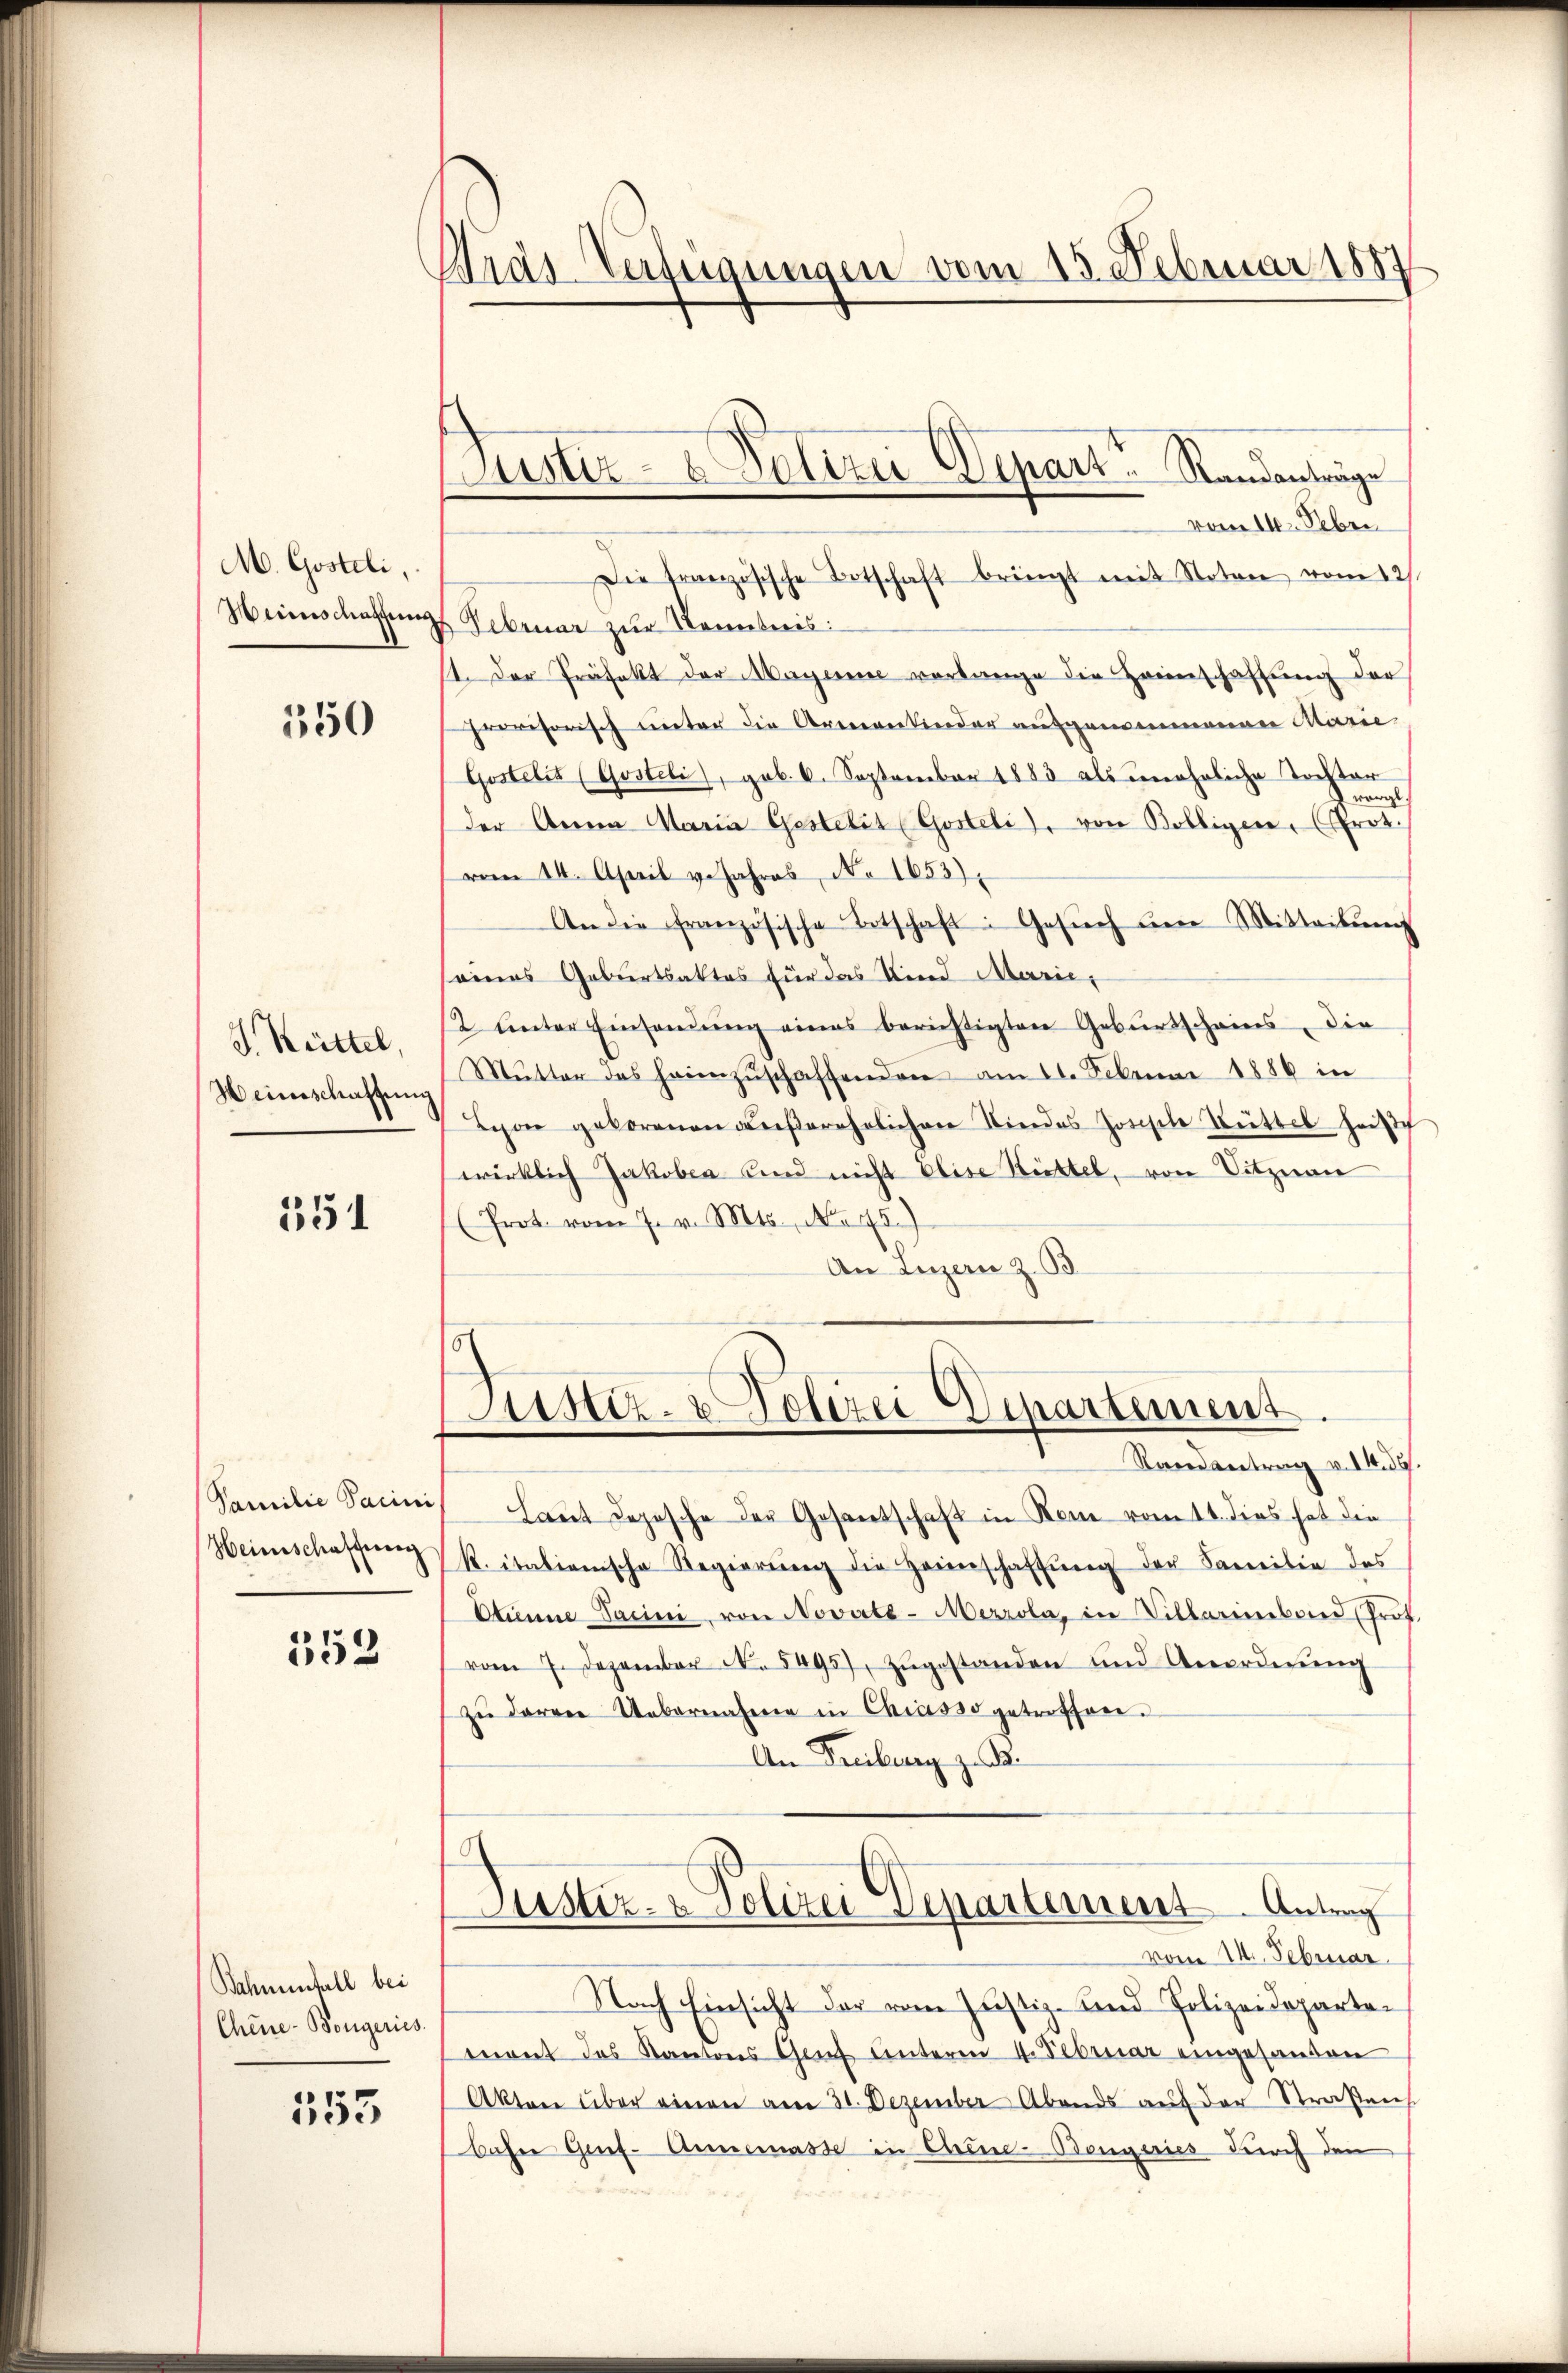
M. Gosteli,
Weinschaffung

350

J. Hüttel,
Heinschaftung

551

Familie Sacini
Heimschaffeeg

553

Bahmenfall bei
Chine-Bongeries

555

Wras-Verfügungen vom 15. Februar 1887

Butter- & Polizei Depart Randanträge

vom 14. Febri
Die französische Botschaft bringt mit Noten vom 12.
Februar zur Kenntnis:
11. Der Präfekt der Magene verlange die Heimschaffung der
provisorisch unter die Armenkinder ausgenommenen Marie
Gostelis (Gosteli), gob. 6. September 1883 als uneheliche Tochter
vorge.
der Anna Maria Gestelis (Gosteli), von Bolligen, (Prot.
vom 14. April veJahres No 1653)
An die französische Ortschaft: Gesŭch ŭm Mitteilŭng
seines Geburtsaktes für das Kind Marie¬
/2 ŭnter Einsamung eines berichtigten Gebŭrtscheins, die
Mŭtter des heimzŭschaffenden am 21. Februar 1886 in
Teon geborenen aŭβerehrlichen Kindes Jorische Füttel heiße
wirklich Jakoben und nicht Elise Rittel, von Vitznau
(Prot. vom 7. v. Mts., No 45.)
An Luzern z. B
15
Justiz- & Polizei Departement.
Randantrag v. 14. d.
Laut Depesche der Gesandschaft in Rom vom 11. dies hat die
R. italienische Regierŭng die Heimschaftung der Familie des
Ctinne Darini, von Novaté-Merrola, in Villarinebend Prof
vom 7. Dezember N. 5495), zŭgestanden und Anordnŭng
zŭ deren Uebernahme in Chiasso getroffen.
An Freiberey z. B.
Justiz- & Polizei Departement Antrag
vom 14. Februar
Nach Einsicht der vom Justiz- und Polizeidepartemont des Kantons Genf unterm 4. Februar eingesanden
Akten über einen am 31. Dezember Abends auf der Straßen
bahre Genf-Annemasse in Chine-Bongeries durch den